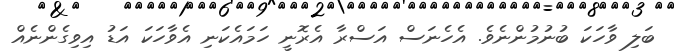
ބަލި ވާހަކަ ބުނުމުންނެވެ. އެހެނަސް އަސްރާ އެރޮނީ ހަމައެކަނި އެވާހަކަ އަޑު އިވިގެންނެއް